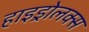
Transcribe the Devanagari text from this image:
हाइड्रोलक्स